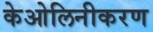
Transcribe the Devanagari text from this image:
केओलिनीकरण